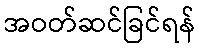
အဝတ်ဆင်ခြင်ရန်